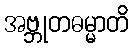
အဗ္ဘုတဓမ္မာတိ